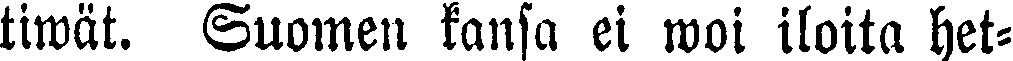
tiwät. Suomen kansa ei woi iloita het-